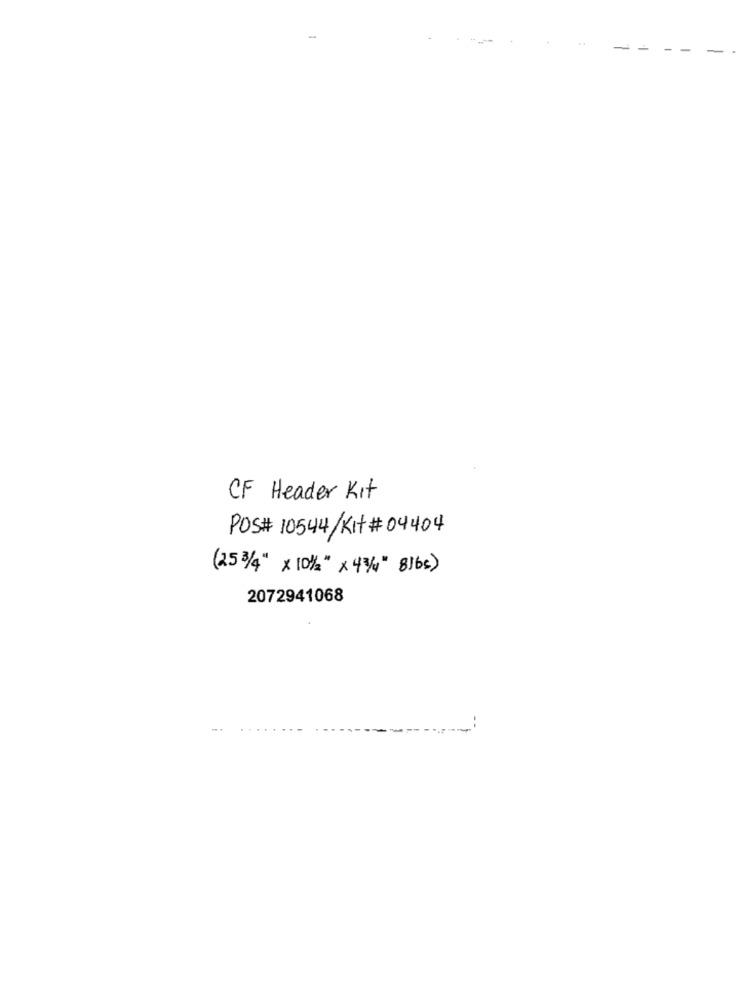
CF Header Kit
POS# 10544/Kit # 04404
(25 3/4" x 10%" x 4%" 81bs)
2072941068